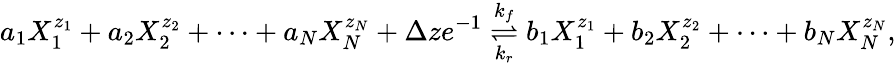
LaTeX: a_{1}X_{1}^{z_{1}}+a_{2}X_{2}^{z_{2}}+\cdots+a_{N}X_{N}^{z_{N}}+\Delta ze^{-1}\overset{k_{f}}{\underset{k_{r}}{\rightleftharpoons}}b_{1}X_{1}^{z_{1}}+b_{2}X_{2}^{z_{2}}+\cdots+b_{N}X_{N}^{z_{N}},